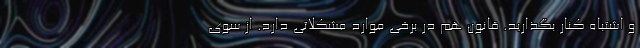
و اشتباه کنار بگذارید. قانون هم در برخی موارد مشکلاتی دارد. از سوی